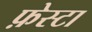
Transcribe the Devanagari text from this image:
फ़ेस्टा